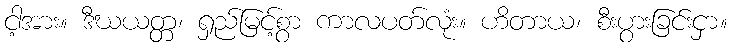
ငါ့အား။ ဒီဃယတ္တ၊ ရှည်မြင့်စွာ ကာလပတ်လုံး။ ဟိတာယ၊ စီးပွားခြင်းငှာ။